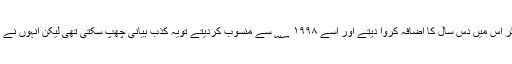
مودی جی کے یہ چھپے دشمن اگر اس میں دس سال کا اضافہ کروا دیتے اور اسے ۱۹۹۸ ؁ سے منسوب کردیتے تویہ کذب بیانی چھپ سکتی تھی لیکن انہوں نے اپنے مفاد کی خاطر ایسا نہیں کیا۔